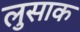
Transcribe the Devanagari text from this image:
लुसाक